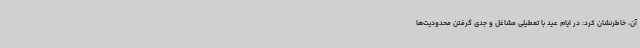
آن، خاطرنشان کرد: در ایام عید با تعطیلی مشاغل و جدی گرفتن محدودیت‌ها